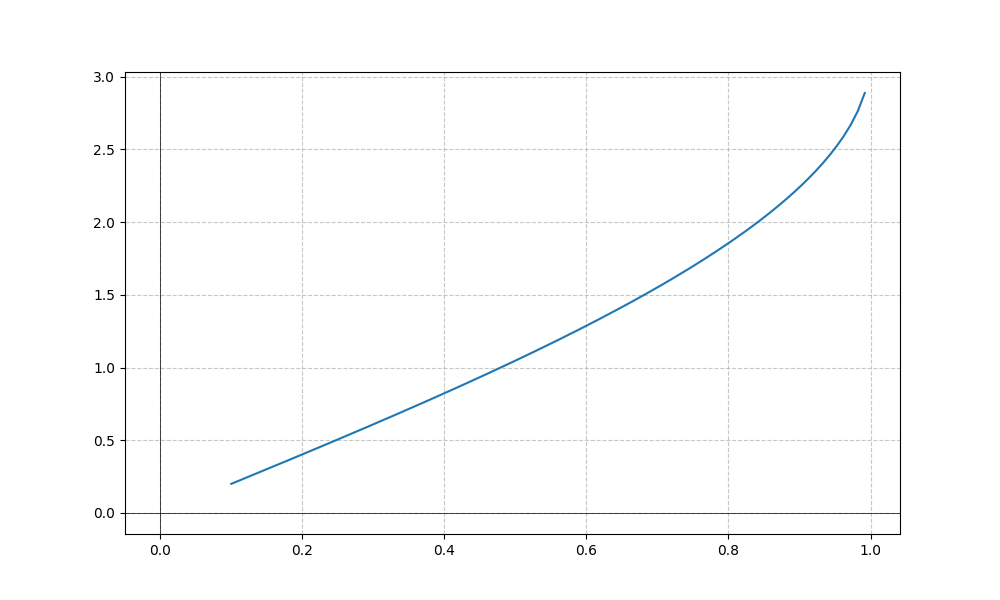
LaTeX formula: \operatorname{acos}{\left(- x \right)} - \operatorname{acos}{\left(x \right)}